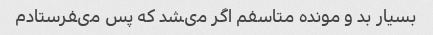
بسیار بد و مونده متاسفم اگر مىشد که پس مىفرستادم